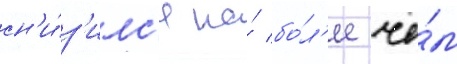
сн'и́з'илс'я на́ бо́л'ее че́м